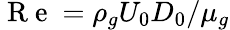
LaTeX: \mathrm{~R~e~}=\rho_{g}U_{0}D_{0}/\mu_{g}